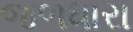
જળધારા